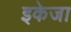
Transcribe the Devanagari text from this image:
इकेजा